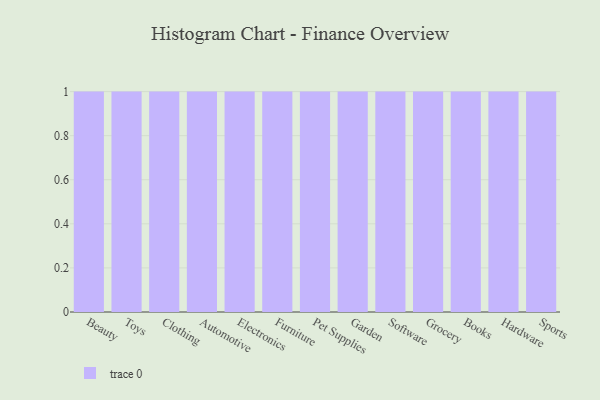
{"axis": {"x": "Category", "y": "Market Share (%)"}, "legend": [""], "data": [{"x": "Beauty", "y": 95, "type": ""}, {"x": "Toys", "y": 16, "type": ""}, {"x": "Clothing", "y": 28, "type": ""}, {"x": "Automotive", "y": 94, "type": ""}, {"x": "Electronics", "y": 75, "type": ""}, {"x": "Furniture", "y": 53, "type": ""}, {"x": "Pet Supplies", "y": 66, "type": ""}, {"x": "Garden", "y": 17, "type": ""}, {"x": "Software", "y": 5, "type": ""}, {"x": "Grocery", "y": 63, "type": ""}, {"x": "Books", "y": 67, "type": ""}, {"x": "Hardware", "y": 22, "type": ""}, {"x": "Sports", "y": 15, "type": ""}]}